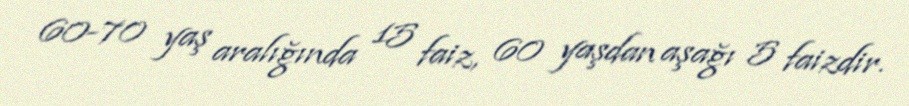
60-70 yaş aralığında 15 faiz, 60 yaşdan aşağı 5 faizdir.